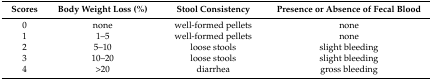
| Scores | Body Weight Loss (%) | Stool Consistency | Presence or Absence of Fecal Blood |
 | --- | --- | --- | --- |
 | 0 | none | well-formed pellets | none |
 | 1 | 1–5 | well-formed pellets | none |
 | 2 | 5–10 | loose stools | slight bleeding |
 | 3 | 10–20 | loose stools | slight bleeding |
 | 4 | >20 | diarrhea | gross bleeding |